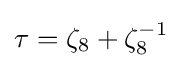
{\textstyle \tau =\zeta _{8}+\zeta _{8}^{-1}}